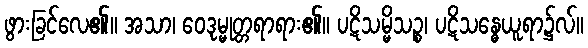
ဖွားခြင်လေ၏။ အသာ၊ ဝေဒုမ္မုတ္တရာရား၏။ ပဋိသမ္မိသဉ္စ၊ ပဋိသန္ဓေယူရာ၌လ်။